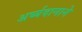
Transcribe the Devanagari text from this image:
अर्घ्यदानाने